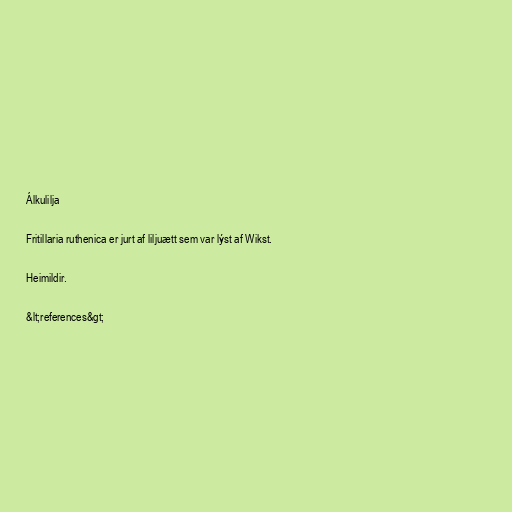
Álkulilja

Fritillaria ruthenica er jurt af liljuætt sem var lýst af Wikst.

Heimildir.

&lt;references&gt;